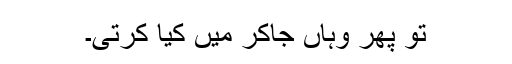
تو پھر وہاں جاکر میں کیا کرتی۔